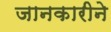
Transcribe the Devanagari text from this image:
जानकारीने